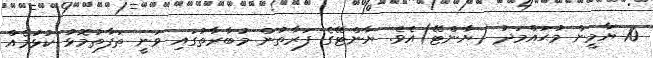
10 ޔާމީން މުޙައްމަދު (ޔާންޓޭ)އެވެ. ޔާންޓޭގެ ފަރާތުން މުބާރާތުގައި ވަނީ ތަފާތުމޮޅު ކުޅުމެއް